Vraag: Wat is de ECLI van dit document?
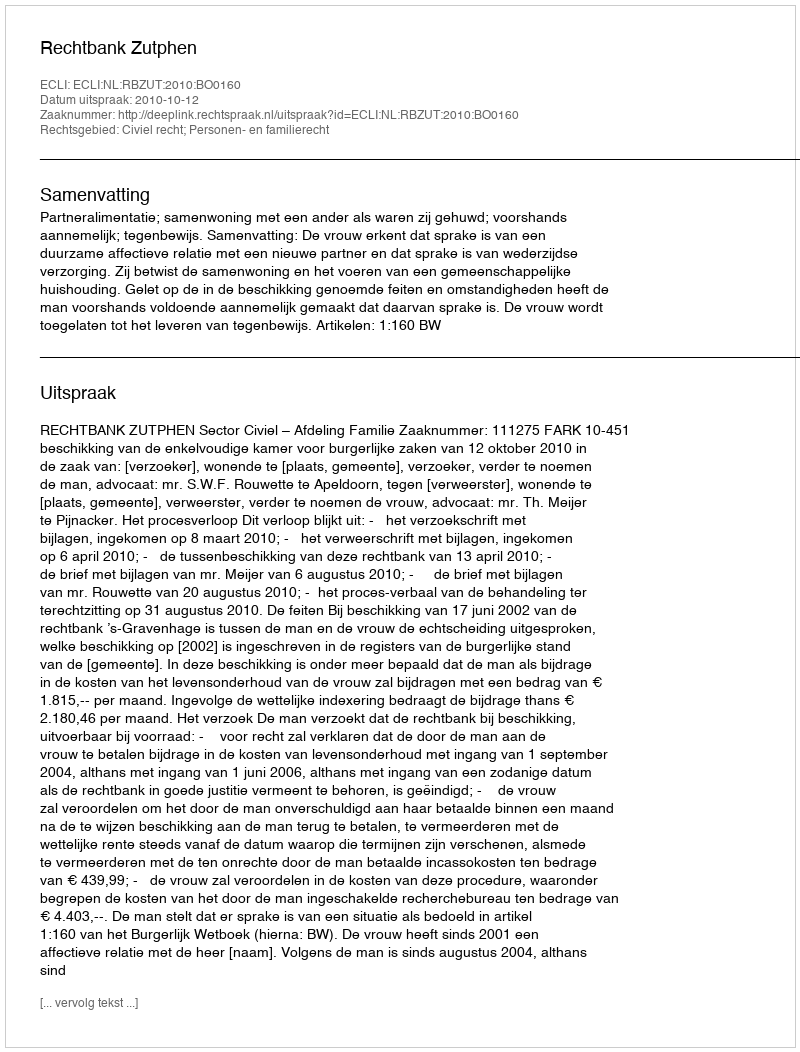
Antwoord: ECLI:NL:RBZUT:2010:BO0160